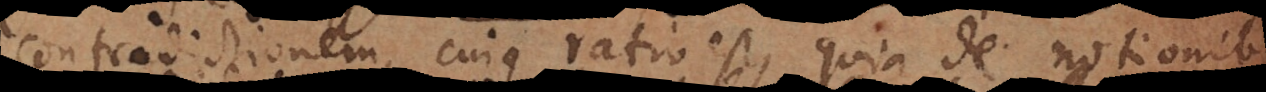
contradictionem. Cujus ratio est, quia de notionibus